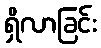
ရှိလာခြင်း